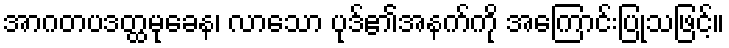
အာဂတပဒတ္ထမုခေန၊ လာသော ပုဒ်၏အနက်ကို အကြောင်းပြုသဖြင့်။